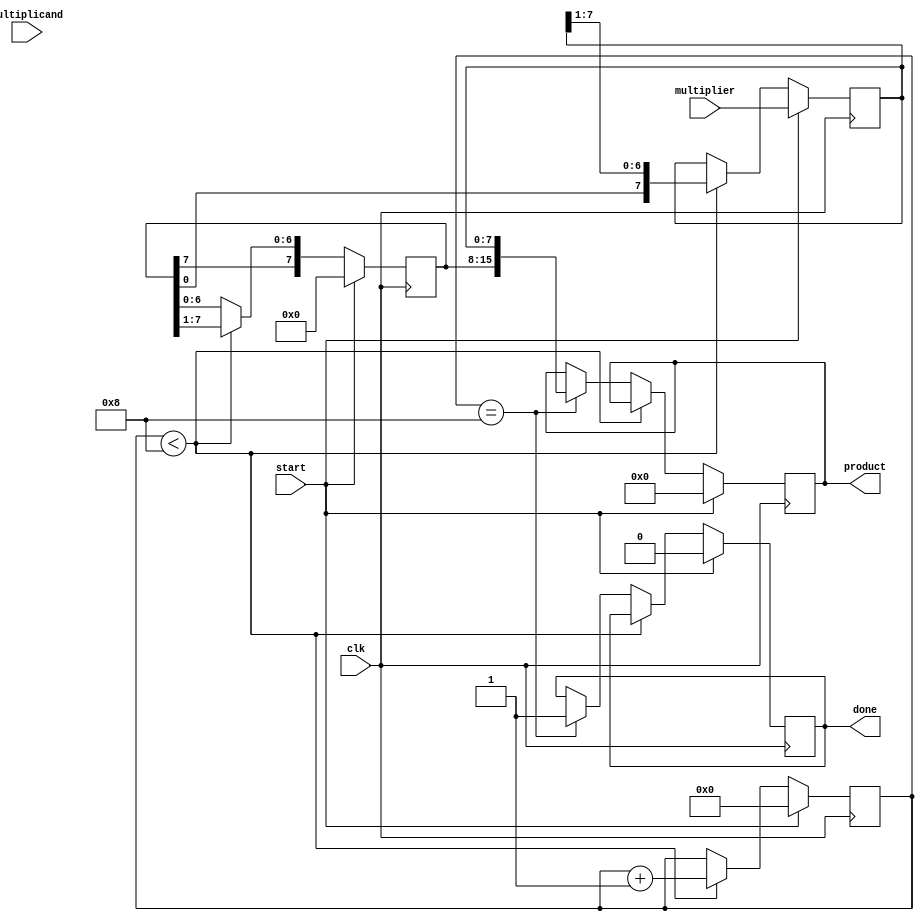
module modified_booth_multiplier #(
    parameter N = 8  // Bit width for multiplicand and multiplier
) (
    input signed [N-1:0] multiplicand,
    input signed [N-1:0] multiplier,
    input clk,
    input start,
    output reg signed [2*N-1:0] product,
    output reg done
);

    reg [N-1:0] A; // Accumulator
    reg [N-1:0] Q; // Multiplier
    reg [N:0] Q_1; // Previous bit of Q (extended)
    reg [N-1:0] M; // Multiplicand
    reg [4:0] count; // Count for the number of bits processed

    always @(posedge clk) begin
        if (start) begin
            // Initialize registers
            A <= 0;
            Q <= multiplier;
            M <= multiplicand;
            Q_1 <= 0;
            count <= 0;
            product <= 0;
            done <= 0;
        end else if (count < N) begin
            case ({Q[0], Q_1}) // Booth encoding
                2'b00: begin
                    // No operation
                end
                2'b01: begin
                    // Add multiplicand to A
                    A <= A + M;
                end
                2'b10: begin
                    // Subtract multiplicand from A
                    A <= A - M;
                end
                2'b11: begin
                    // No operation
                end
            endcase

            // Arithmetic right shift
            {A, Q, Q_1} <= {A[N-1], A, Q, Q_1} >> 1; // Shift A and Q together
            count <= count + 1;
        end else if (count == N) begin
            product <= {A, Q}; // Combine A and Q into product
            done <= 1; // Indicate multiplication is done
        end
    end
endmodule